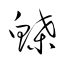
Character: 鰈